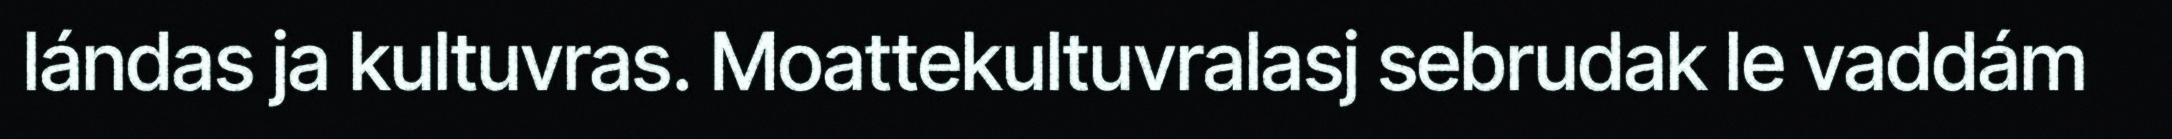
lándas ja kultuvras. Moattekultuvralasj sebrudak le vaddám